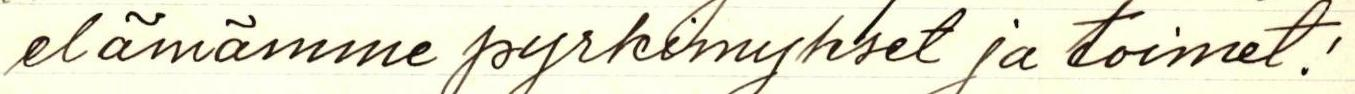
elämämme pyrkimykset ja toimet!